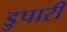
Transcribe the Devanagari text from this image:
डुपारी